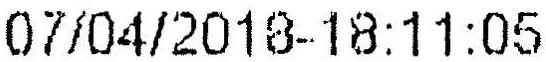
07/04/2018-18:11:05